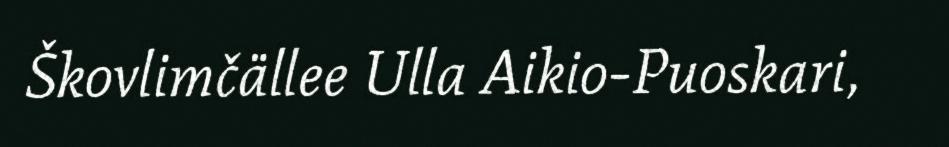
Škovlimčällee Ulla Aikio-Puoskari,